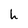
Character: h